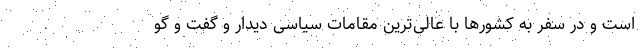
است و در سفر به کشورها با عالی‌ترین مقامات سیاسی دیدار و گفت و گو